Report of the Indian Hemp Drugs Commission, 1894-1895 - Volume V
Year: 1894
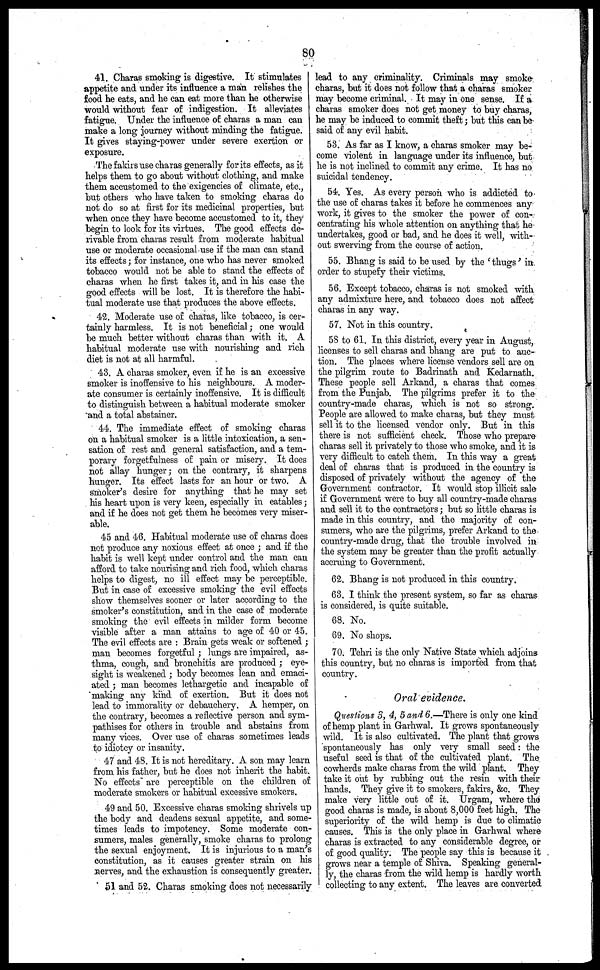
80
41. Charas smoking is digestive. It stimulates
appetite and under its influence a man relishes the
food he eats, and he can eat more than he otherwise
would without fear of indigestion. It alleviates
fatigue. Under the influence of charas a man can
make a long journey without minding the fatigue.
It gives staying-power under severe exertion or
exposure.
The fakirs use charas generally for its effects, as it
helps them to go about without clothing, and make
them accustomed to the exigencies of climate, etc.,
but others who have taken to smoking charas do
not do so at first for its medicinal properties, but
when once they have become accustomed to it, they
begin to look for its virtues. The good effects de-
rivable from charas result from moderate habitual
use or moderate occasional use if the man can stand
its effects ; for instance, one who has never smoked
tobacco would not be able to stand the effects of
charas when he first takes it, and in his case the
good effects will be lost. It is therefore the habi-
tual moderate use that produces the above effects.
42. Moderate use of charas, like tobacco, is cer-
tainly harmless. It is not beneficial ; one would
be much better without charas than with it. A
habitual moderate use with nourishing and rich
diet is not at all harmful.
43. A charas smoker, even if he is an excessive
smoker is inoffensive to his neighbours. A moder-
ate consumer is certainly inoffensive. It is difficult
to distinguish between a habitual moderate smoker
and a total abstainer.
44. The immediate effect of smoking charas
on a habitual smoker is a little intoxication, a sen-
sation of rest and general satisfaction, and a tem-
porary forgetfulness of pain or misery. It does
not allay hunger ; on the contrary, it sharpens
hunger. Its effect lasts for an hour or two. A
smoker's desire for anything that he may set
his heart upon is very keen, especially in eatables ;
and if he does not get them he becomes very miser-
able.
45 and 46. Habitual moderate use of charas does
not produce any noxious effect at once ; and if the
habit is well kept under control and the man can
afford to take nourising and rich food, which charas
helps to digest, no ill effect may be perceptible.
But in case of excessive smoking the evil effects
show themselves sooner or later according to the
smoker's constitution, and in the case of moderate
smoking the evil effects in milder form become
visible after a man attains to age of 40 or 45.
The evil effects are : Brain gets weak or softened ;
man becomes forgetful ; lungs are impaired, as-
thma, cough, and bronchitis are produced ; eye-
sight is weakened ; body becomes lean and emaci-
ated ; man becomes lethargetic and incapable of
making any kind of exertion. But it does not
lead to immorality or debauchery. A hemper, on
the contrary, becomes a reflective person and sym-
pathises for others in trouble and abstains from
many vices. Over use of charas sometimes leads
to idiotcy or insanity.
47 and 48. It is not hereditary. A son may learn
from his father, but he does not inherit the habit.
No effects are perceptible on the children of
moderate smokers or habitual excessive smokers.
49 and 50. Excessive charas smoking shrivels up
the body and deadens sexual appetite, and some-
times leads to impotency. Some moderate con-
sumers, males generally, smoke charas to prolong
the sexual enjoyment. It is injurious to a man's
constitution, as it causes greater strain on his
nerves, and the exhaustion is consequently greater.
51 and 52. Charas smoking does not necessarily
lead to any criminality. Criminals may smoke
charas, but it does not follow that a charas smoker
may become criminal. It may in one sense. If a
charas smoker does not get money to buy charas,
he may be induced to commit theft ; but this can be
said of any evil habit.
53. As far as I know, a charas smoker may be-
come violent in language under its influence, but
he is not inclined to commit any crime. It has no
suicidal tendency.
54. Yes. As every person who is addicted to
the use of charas takes it before he commences any
work, it gives to the smoker the power of con-
centrating his whole attention on anything that he
undertakes, good or bad, and he does it well, with-
out swerving from the course of action.
55. Bhang is said to be used by the 'thugs' in
order to stupefy their victims.
56. Except tobacco, charas is not smoked with
any admixture here, and tobacco does not affect
charas in any way.
57. Not in this country.
58 to 61. In this district, every year in August,
licenses to sell charas and bhang are put to auc-
tion. The places where license vendors sell are on
the pilgrim route to Badrinath and Kedarnath.
These people sell Arkand, a charas that comes
from the Punjab. The pilgrims prefer it to the
country-made charas, which is not so strong.
People are allowed to make charas, but they must
sell it to the licensed vendor only. But in this
there is not sufficient check. Those who prepare
charas sell it privately to those who smoke, and it is
very difficult to catch them. In this way a great
deal of charas that is produced in the country is
disposed of privately without the agency of the
Government contractor. It would stop illicit sale
if Government were to buy all country-made charas
and sell it to the contractors ; but so little charas is
made in this country, and the majority of con-
sumers, who are the pilgrims, prefer Arkand to the
country-made drug, that the trouble involved in
the system may be greater than the profit actually
accruing to Government.
62. Bhang is not produced in this country.
63. I think the present system, so far as charas
is considered, is quite suitable.
68. No.
69. No shops.
70. Tehri is the only Native State which adjoins
this country, but no charas is imported from that
country.
Oral evidence.
Questions 3, 4, 5 and 6.—There is only one kind
of hemp plant in Garhwal. It grows spontaneously
wild. It is also cultivated. The plant that grows
spontaneously has only very small seed : the
useful seed is that of the cultivated plant. The
cowherds make charas from the wild plant. They
take it out by rubbing out the resin with their
hands. They give it to smokers, fakirs, &c. They
make very little out of it. Urgam, where the
good charas is made, is about 8,000 feet high. The
superiority of the wild hemp is due to climatic
causes. This is the only place in Garhwal where
charas is extracted to any considerable degree, or
of good quality. The people say this is because it
grows near a temple of Shiva. Speaking general-
ly, the charas from the wild hemp is hardly worth
collecting to any extent. The leaves are converted